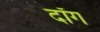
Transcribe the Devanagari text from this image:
दॉंग